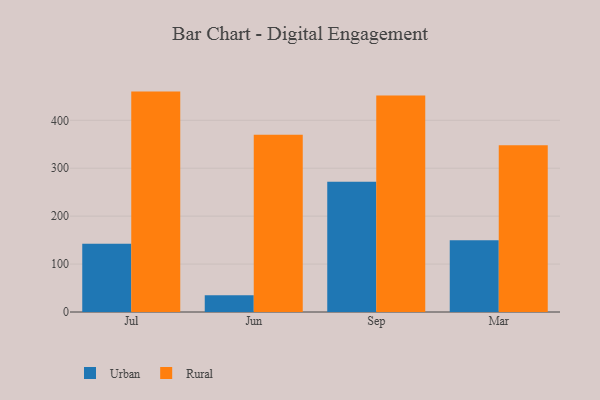
{"axis": {"x": "Month", "y": "Tickets Resolved"}, "legend": ["Rural", "Urban"], "data": [{"x": "Jul", "y": 142.6, "type": "Urban"}, {"x": "Jul", "y": 459.9, "type": "Rural"}, {"x": "Jun", "y": 35.1, "type": "Urban"}, {"x": "Jun", "y": 370.1, "type": "Rural"}, {"x": "Sep", "y": 271.6, "type": "Urban"}, {"x": "Sep", "y": 451.6, "type": "Rural"}, {"x": "Mar", "y": 149.8, "type": "Urban"}, {"x": "Mar", "y": 348.0, "type": "Rural"}]}